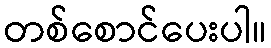
တစ်စောင်ပေးပါ။